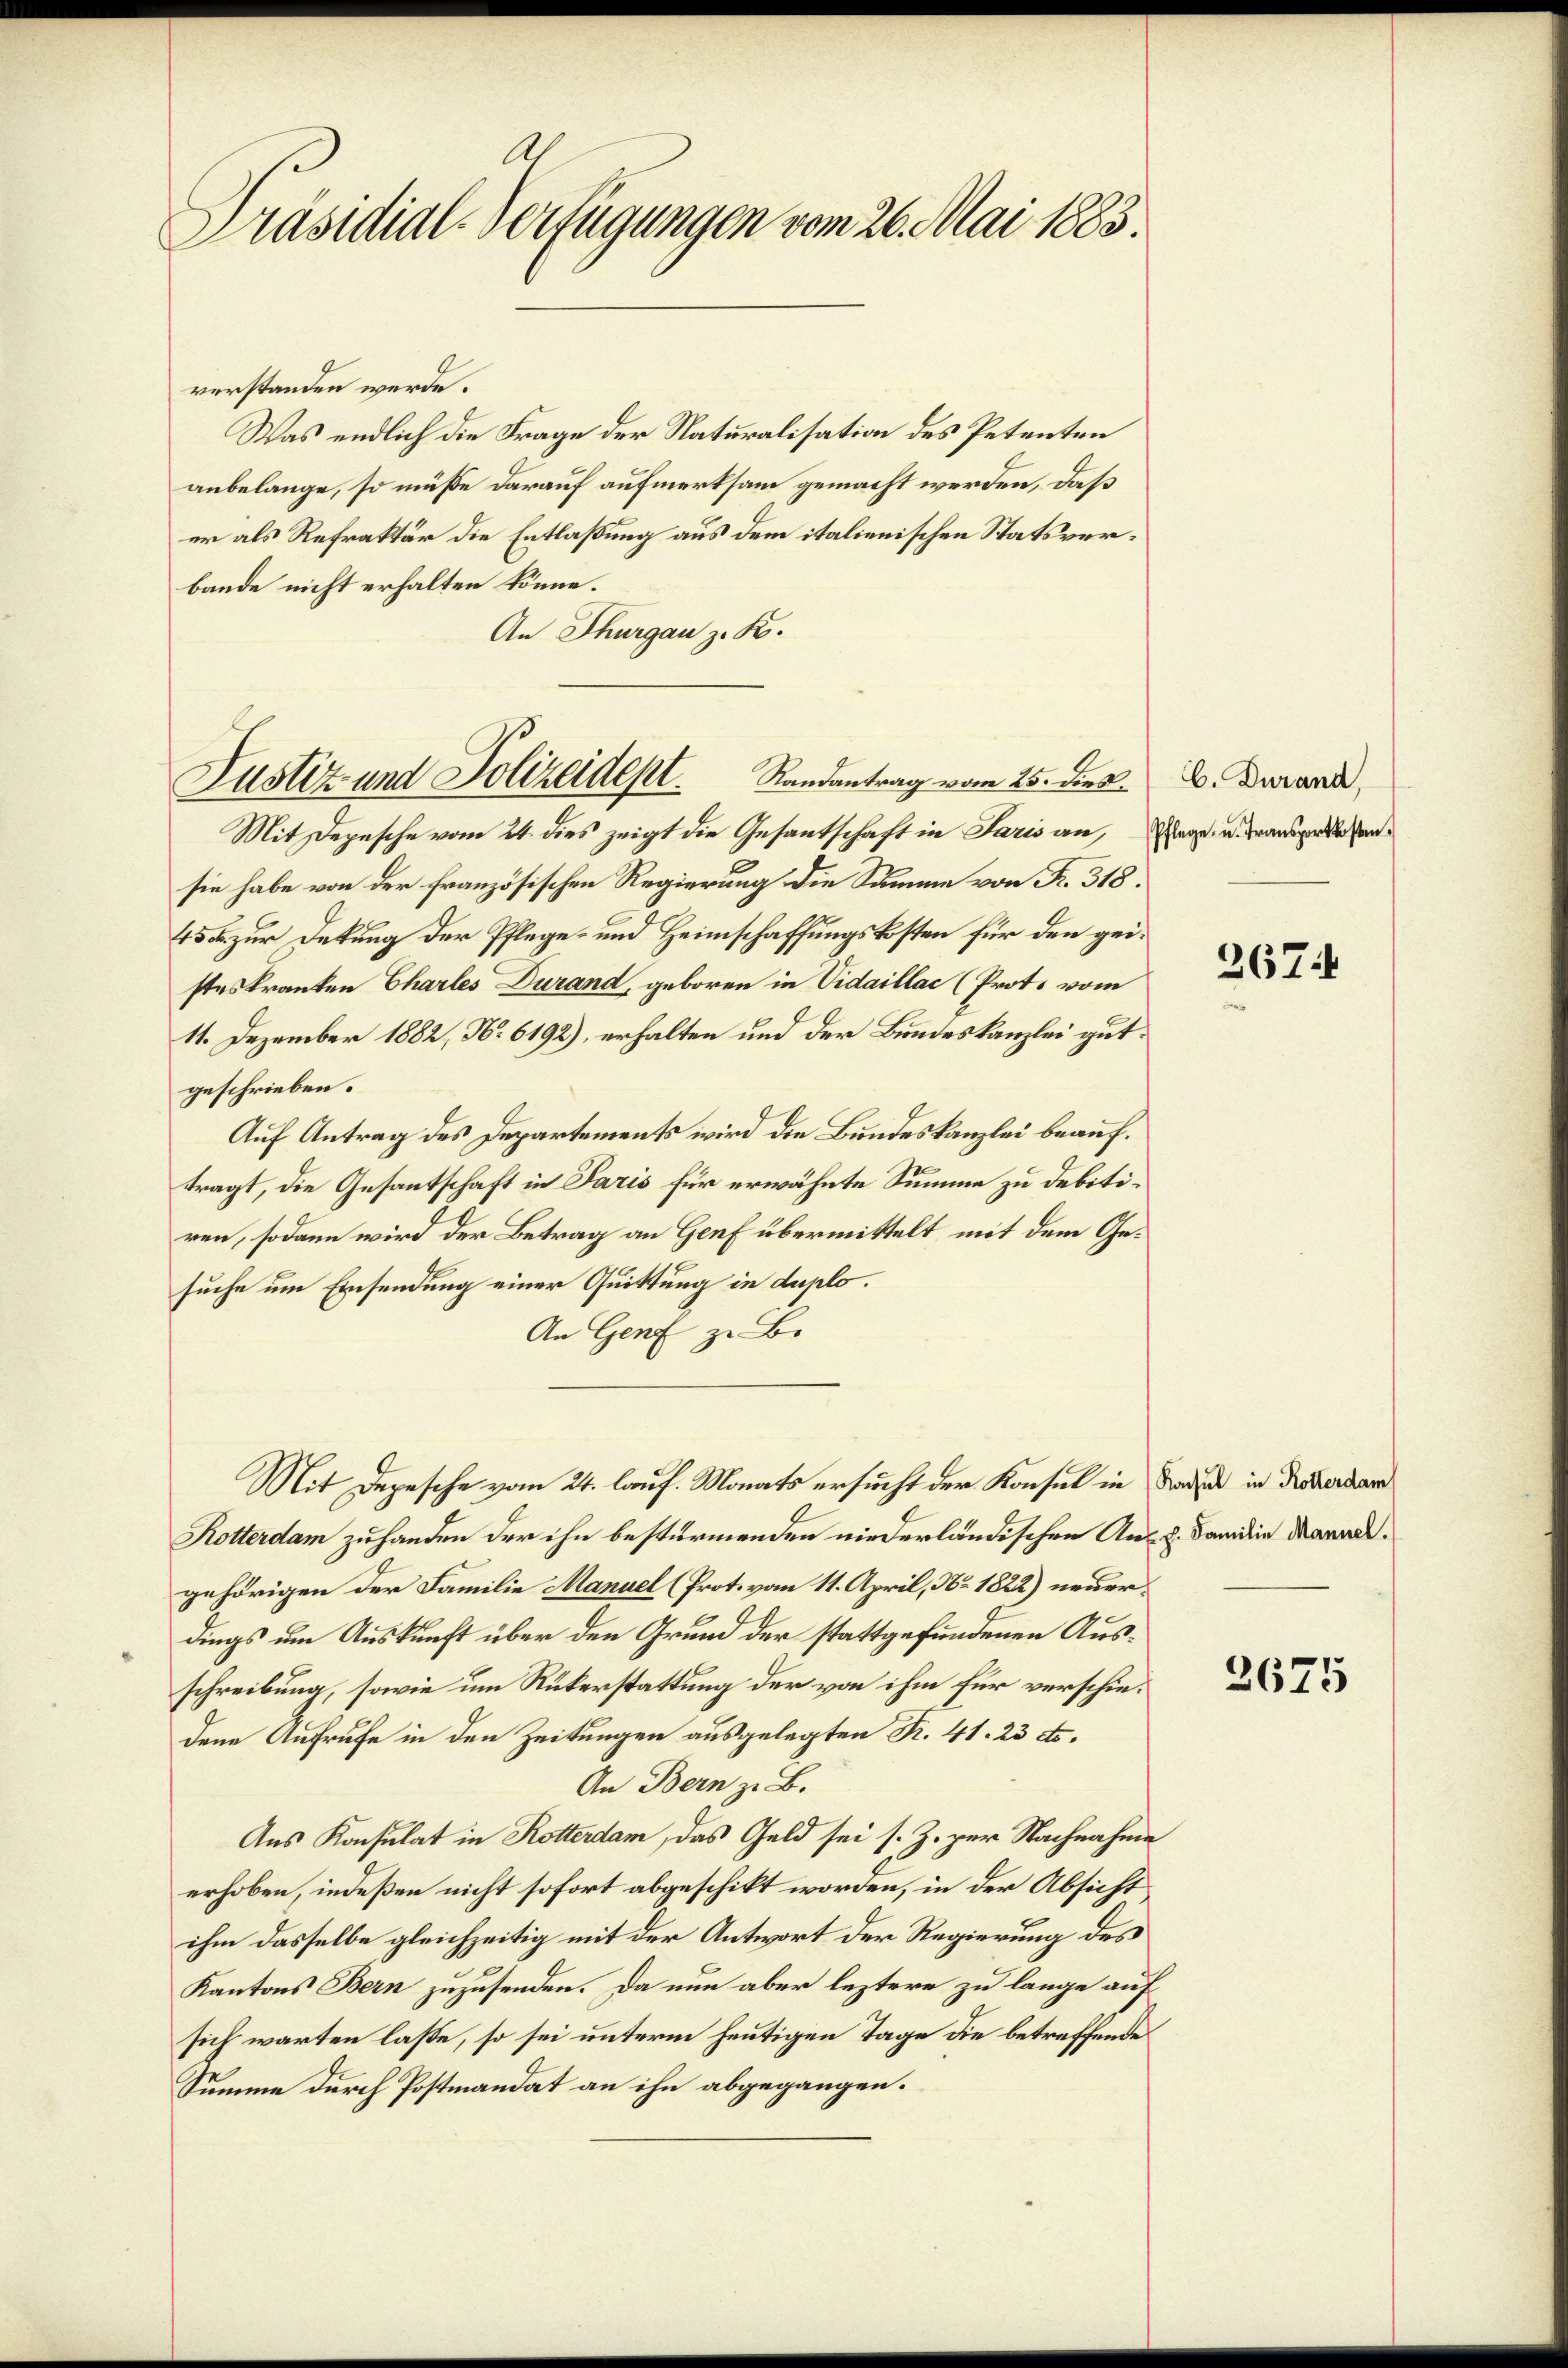
A
Präsidial-Verfügungen vom 26. Mai 1883.

verstanden werde.
Was endlich die Frage der Naturalisation des Petenten
anbelange, so müsse darauf aufmerksam gemacht werden, daß
er als Refraktär die Entlaßung aus dem italienischen Statsverbande nicht erhalten könne.
An Thurgau z. B.

Justiz und Polizeidept.          Randantrag vom 25. die K. A. Durand,

Mit Depesche vom 24. dies zeigt die Gesantschaft in Paris an, sage, u. drausgesehensie habe von der französischen Regierung die Summe von Fr. 318.
45 zur Dekung der Pflege- und Heimschaffungskosten für den geisteskranken Chartes Durand, geboren in Vidaillac (Prots vom
11. Dezember 1882, N. 6192), erhalten und der Bundeskanzlei gutgeschrieben.
Auf Antrag des Departements wird die Bundeskanzlei beauftragt, die Gesantschaft in Paris für erwähnte Summe zu debitiren, sodann wird der Betrag an Genf übermittelt mit dem Gesuche um Einsendung einer Quittung in duplo.
An Genf zu B.
Rotterdam zu handen der ihn bestürmenden niederländischen An- u. Familie Marall,
gehörigen der Familie Manuel (Prot. vom 11. April, No. 1822) neuerdings um Auskunft über den Grund der stattgefundenen Ausschreibung, sowie um Rükerstattung der von ihm für verschiedene Aufrufe in den Zeitungen ausgelegten R. 41. 23 dto.
An Bern z. B.
Aus Konsulat in Rotterdam, das Geld sei s. Z. zur Nachnahme
erhoben, indeßen nicht sofort abgeschikt worden, in der Absicht
ihm dasselbe gleichzeitig mit der Antwort der Regierung des
Kantons Bern zuzusenden. Da nun aber leztere zu lange auf
sich warten lasse, so sei unterm heutigen Tage die betreffende
Summe durch Postmandat an ihn abgegangen.

Mit Depesche vom 24. lauf. Monats ersucht der Konsul in Frauer in Drukerbar

267.

2675